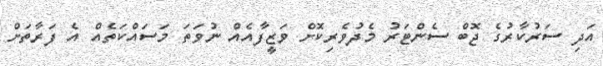
އަދި ސަރުކާރުގެ ޖޮބް ސެންޓަރު މެދުވެރިކޮށް ވަޒީފާއެއް ނުވަތަ މަސައްކަތެއް އެ ފަރާތަށް